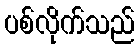
ပစ်လိုက်သည်